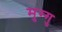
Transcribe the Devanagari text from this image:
मुग्गु